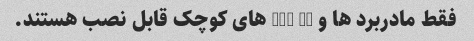
فقط مادربرد ها و dvd wr های کوچک قابل نصب هستند.